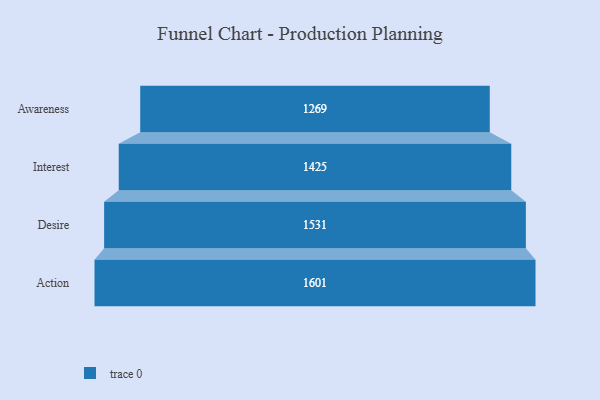
{"axis": {"x": "Stage", "y": "Value"}, "legend": [""], "data": [{"x": "Awareness", "y": 1269.0, "type": ""}, {"x": "Interest", "y": 1425.0, "type": ""}, {"x": "Desire", "y": 1531.0, "type": ""}, {"x": "Action", "y": 1601.0, "type": ""}]}